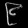
Digit: ၉